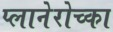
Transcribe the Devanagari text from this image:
प्लानेरोच्का